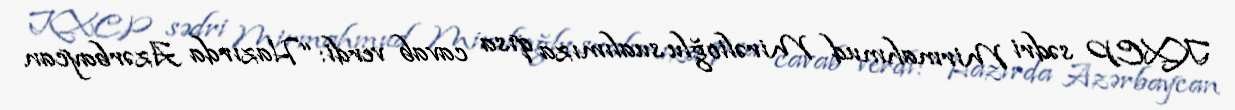
KXCP sədri Mirmahmud Mirəlioğlu sualımıza qısa cavab verdi: “Hazırda Azərbaycan